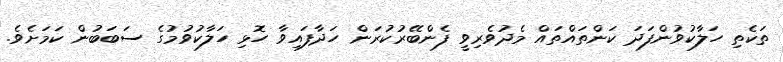
ތަކެތި ހަލާކުވުންފަދަ ކަންތައްތައް މެދުވެރިވީ ފެންބޭރުކުރަން ހަދާފައިވާ ހޮޅި ހަލާކުވުމުގެ ސަބަބުން ކަމަށެވެ.